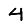
Digit: 4